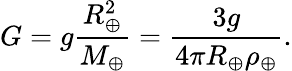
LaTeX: G=g{\frac{R_{\oplus}^{2}}{M_{\oplus}}}={\frac{3g}{4\pi R_{\oplus}\rho_{\oplus}}}.